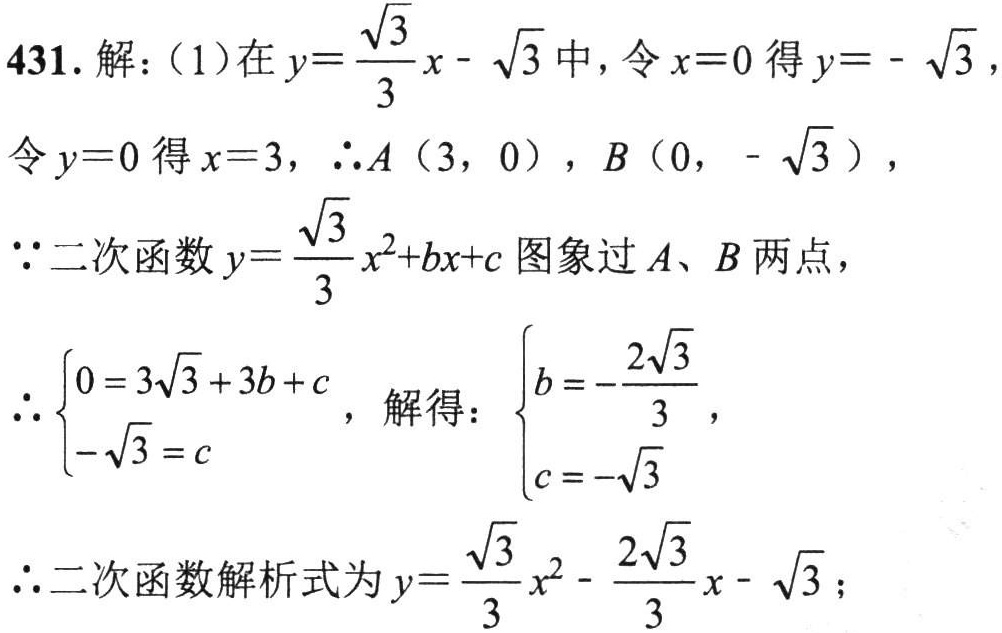
431. 解：（1）在\(y = \frac{\sqrt{3}}{3}x - \sqrt{3}\)中，令\(x = 0\)得\(y = - \sqrt{3}\)，
令\(y = 0\)得\(x = 3\)，\(\therefore A(3,0)\)，\(B(0,-\sqrt{3})\)，
\(\because\)二次函数\(y = \frac{\sqrt{3}}{3}x^{2}+bx + c\)图象过\(A\)、\(B\)两点，
\(\therefore \begin{cases}0 = 3\sqrt{3}+3b + c\\-\sqrt{3}=c\end{cases}\)，解得：\(\begin{cases}b = -\frac{2\sqrt{3}}{3}\\c = -\sqrt{3}\end{cases}\)，
\(\therefore\)二次函数解析式为\(y = \frac{\sqrt{3}}{3}x^{2}-\frac{2\sqrt{3}}{3}x - \sqrt{3}\)；